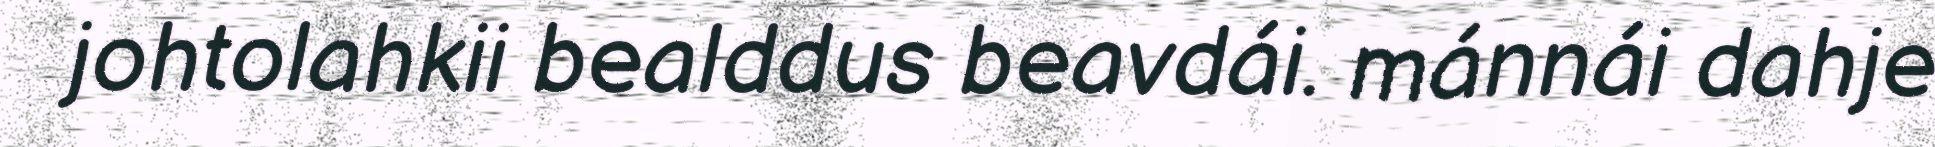
johtolahkii bealddus beavdái. mánnái dahje